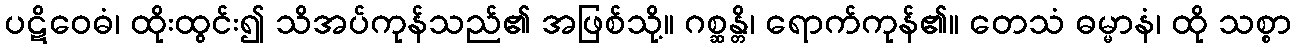
ပဋိဝေဓံ၊ ထိုးထွင်း၍ သိအပ်ကုန်သည်၏ အဖြစ်သို့။ ဂစ္ဆန္တိ၊ ရောက်ကုန်၏။ တေသံ ဓမ္မာနံ၊ ထို သစ္စာ